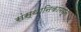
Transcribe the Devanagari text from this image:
संस्थानिकांमधून